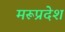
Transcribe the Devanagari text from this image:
मरूप्रदेश